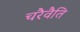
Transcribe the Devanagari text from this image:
चरैवैति